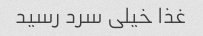
غذا خیلی سرد رسید